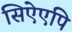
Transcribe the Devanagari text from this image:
सिऐएपि